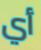
أي